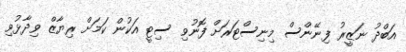
އަބްދު ނަޒީރު ފިނޭންސް މިނިސްޓަރަށް ފޮނުވި ސިޓީ އަކުން ކަމަށް ރިޔާޒް ވިދާޅުވި